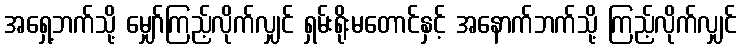
အရှေ့ဘက်သို့ မျှော်ကြည့်လိုက်လျှင် ရှမ်းရိုးမတောင်နှင့် အနောက်ဘက်သို့ ကြည့်လိုက်လျှင်